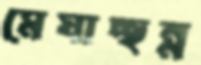
মেঘাচ্ছন্ন